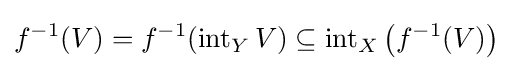
f^{-1}(V)=f^{-1}(\operatorname {int} _{Y}V)\subseteq \operatorname {int} _{X}\left(f^{-1}(V)\right)